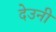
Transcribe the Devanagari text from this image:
देउनी